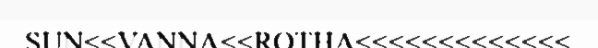
SUN<<VANNA<<ROTHA<<<<<<<<<<<<<